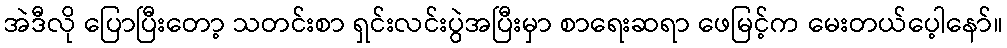
အဲဒီလို ပြောပြီးတော့ သတင်းစာ ရှင်းလင်းပွဲအပြီးမှာ စာရေးဆရာ ဖေမြင့်က မေးတယ်ပေ့ါနော်။